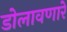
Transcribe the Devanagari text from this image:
डोलावणारे